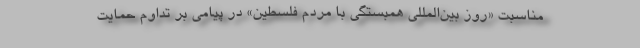
مناسبت «روز بین‌المللی همبستگی با مردم فلسطین» در پیامی بر تداوم حمایت